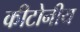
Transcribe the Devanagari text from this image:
कीटोनीय